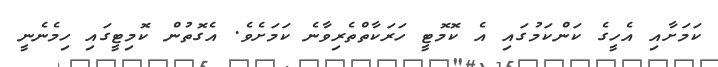
ކަމަށާއި އެހީގެ ކަންކަމުގައި އެ ކޮމޮޓީ ހަރަކާތްތެރިވާނެ ކަމަށެވެ. އެގޮތުން ކޮމިޓީގައި ހިމެނެނީ